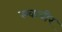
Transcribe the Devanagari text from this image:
स्चाबीर